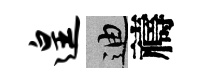
遑迪禱